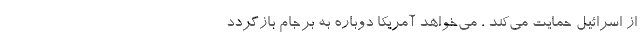
از اسرائیل حمایت می‌کند ، می‌خواهد آمریکا دوباره به برجام بازگردد